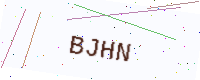
Text: BJHN